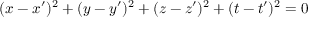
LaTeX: ( x - x ^ { \prime } ) ^ { 2 } + ( y - y ^ { \prime } ) ^ { 2 } + ( z - z ^ { \prime } ) ^ { 2 } + ( t - t ^ { \prime } ) ^ { 2 } = 0